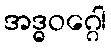
အဒ္ဓဝဂ္ဂေါ